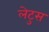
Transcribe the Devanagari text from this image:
लेटुस